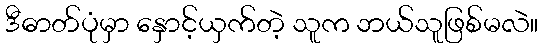
ဒီဓာတ်ပုံမှာ နှောင့်ယှက်တဲ့ သူက ဘယ်သူဖြစ်မလဲ။